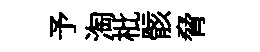
予淘枇骸脅